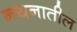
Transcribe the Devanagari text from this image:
नयनातील